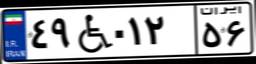
۴۹W۰۱۲۵۶